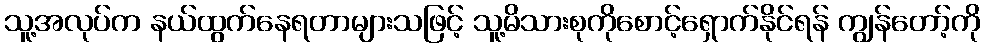
သူ့အလုပ်က နယ်ထွက်နေရတာများသဖြင့် သူ့မိသားစုကိုစောင့်ရှောက်နိုင်ရန် ကျွန်တော့်ကို